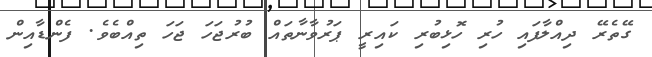
ގޭތެރޭ ދިއްލާފައި ހުރި ހޮޅިބުރި ކައިރީ ޕަރުވާނާތައް ބުރުޖަހަ ޖަހަ ތިއްބެވެ. ފެންޑާއިން